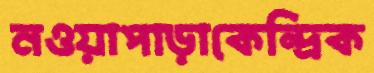
নওয়াপাড়াকেন্দ্রিক